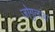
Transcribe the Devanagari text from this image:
जोगुलांबा